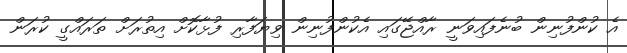
އެ ކުންފުނިން ބުނެފައިވަނީ ރާއްޖޭގައި އެކުންފުނިން ވިޔަފާރި ފުޅާކޮށް އިތުރަށް ތަރައްގީ ކުރަން